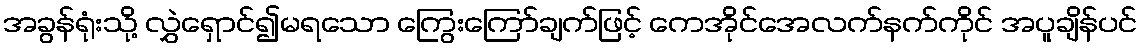
အခွန်ရုံးသို့ လွှဲရှောင်၍မရသော ကြွေးကြော်ချက်ဖြင့် ကေအိုင်အေလက်နက်ကိုင် အပူချိန်ပင်